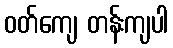
ဝတ်ကျေ တန်းကျပါ